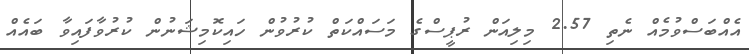
އެއްބަސްވުމެއް ނެތި 2.57 މިލިއަން ރުޕީސްގެ މަސައްކަތް ކުރުވުން ހައިކޮމިޝަނުން ކުރުވާފައިވާ ބައެއް